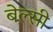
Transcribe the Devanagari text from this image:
बेल्सी